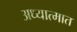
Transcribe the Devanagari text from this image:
अध्यात्मात